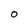
Character: O